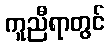
ကူညီရာတွင်